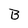
Character: B